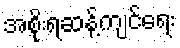
အစိုးရဆန့်ကျင်ရေး